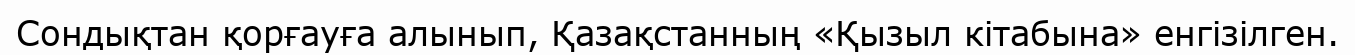
Сондықтан қорғауға алынып, Қазақстанның «Қызыл кітабына» енгізілген.